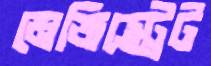
মেজিস্ট্রেট